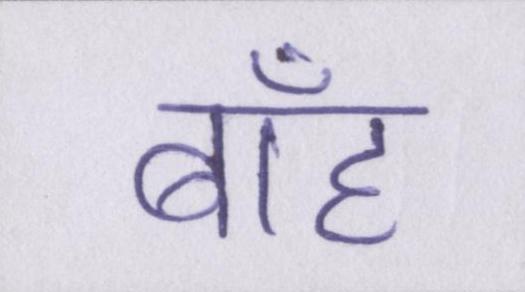
बाँह